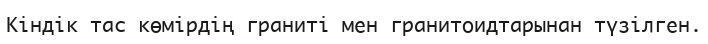
Кіндік тас көмірдің граниті мен гранитоидтарынан түзілген.